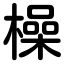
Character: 橾